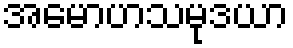
အမောဟသမုဒယာ